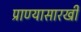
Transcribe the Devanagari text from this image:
प्राण्यासारखी